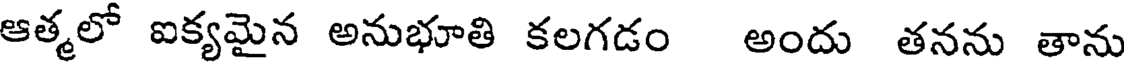
ఆత్మలో ఐక్యమైన అనుభూతి కలగడం అందు తనను తాను